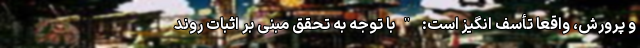
و پرورش، واقعاً تأسف انگیز است: "با توجه به تحقق مبنی بر اثبات روند